Report on lock hospitals in British Burma
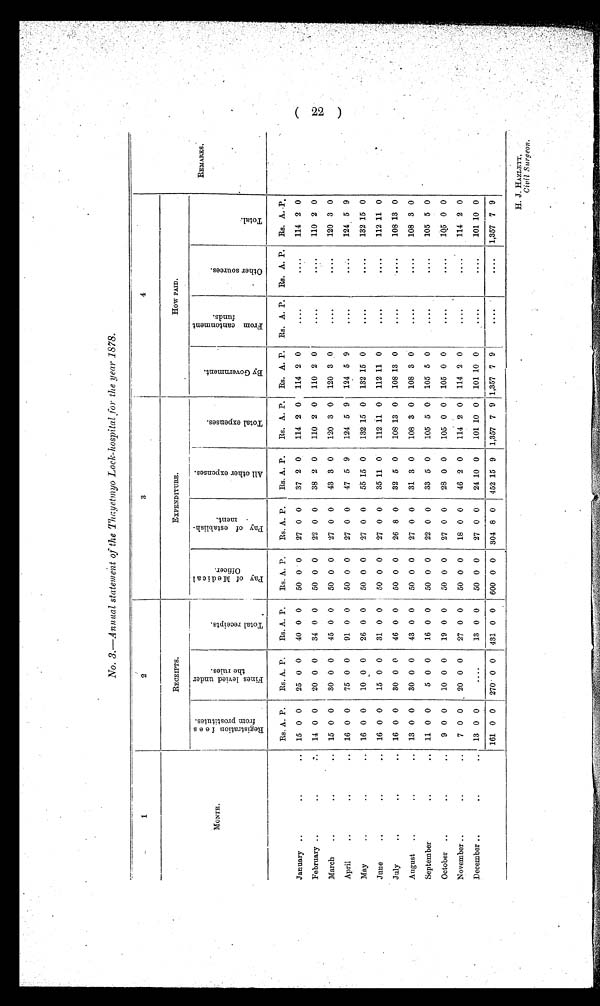
No. 3.—Annual statement of the Thayetmyo Lock-hospital for the year 1878.
1
2
3
4
MONTH .
RECEIPTS.
EXPENDITURE.
How PAID.
R e g i s t r a t i o n f e e s
f r o m p r o s t i t u t e s .
F i n e s l e v i e d u n d e r
t h e r u l e s .
T o t a l r e c e i p t s .
P a y o f M e d i c a l
O f f i c e r .
P a y o f e s t a b l i s h -
m e n t .
A l l o t h e r e x p e n s e s .
T o t a l e x p e n s e s .
B y G o v e r n m e n t .
F r o m c a n t o n m e n t
f u n d s .
O t h e r s o u r c e s .
T o t a l .
REMARKS.
Rs. A. P.
Rs. A. P.
Rs. A. P.
Rs. A. P.
Rs. A. P.
Rs. A. P.
Rs. A. P.
Rs. A. P.
Rs. A. P.
Rs. A. P.
Rs. A. P.
January ..
..
..
15 0 0
25 0 0
40 0 0
50 0 0
27 0 0
37 2 0
114 2 0
114 2 0
. . . .
....
114 2 0
February ..
..
..
14 0 0
20 0 0
34 0 0
50 0 0
22 0 0
38 2 0
110 2 0
110 2 0
....
....
110 2 0
March
..
..
..
15 0 0
30 0 0
45 0 0
50 0 0
27 0 0
43 3 0
120 3 0
120 3 0
....
. . . .
120 3 0
April
..
..
..
16 0 0
75 0 0
91 0 0
50 0 0
27 0 0
47 5 9
124 5 9
124 5 9
. . . .
. . . .
124 5 9
May
..
..
..
16 0 0
10 0 0
26 0 0
50 0 0
27 0 0
55 15 0
132 15 0
132 15 0
....
. . . .
132 15 0
June
..
..
..
16 0 0
15 0 0
31 0 0
50
0 0
27 0 0
35 11 0
112 11 0
112 11 0
....
. . . .
112 11 0
July
..
..
..
16 0 0
30 0 0
46 0 0
50 0 0
26 8 0
32 5 0
108 13 0
108 13 0
....
. . . .
108 13 0
August
..
..
..
13 0 0
30 0 0
43 0 0
50 0 0
27 0 0
31 3 0
108 3 0
108 3 0
....
....
108 3 0
September
..
..
11 0 0
5 0 0
16 0 0
50 0 0
22 0 0
33 5 0
105 5 0
105 5 0
. . . .
....
105 5 0
October ..
..
..
9 0 0
10 0 0
19 0 0
50 0 0
27 0 0
28 0 0
105 0 0
105 0 0
. . . .
. . . .
10 0 0
November ..
..
..
7 0 0
20 0 0
27 0 0
50 0 0
18 0 0
46 2 0
114 2 0
114 2 0
. . . .
.....
114 2 0
December ..
..
..
13 0 0
....
13 0 0
50 0 0
27 0 0
24 10 0
101 10 0
101 10 0
. . . .
. . . .
101 10 0
161 0 0
270 0 0
431 0 0
600 0 0
304 8 0
452 15 9 1,357 7 9 1,357 7 9
....
....
1,357 7 9
(22)
H. J. HAZLETT,
Civil Surgeon.